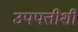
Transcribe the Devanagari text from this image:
उपपत्तीशी